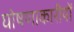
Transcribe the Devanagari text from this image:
घोषणाकारीयों